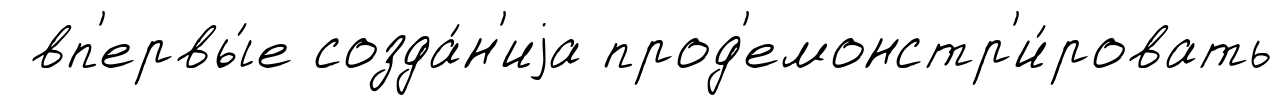
вп'ервы́е созда́н'иjа прод'емонстр'и́ровать